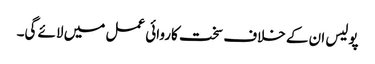
پولیس ان کے خلاف سخت کاروائی عمل میں لائے گی۔